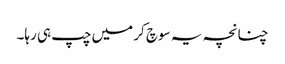
چنانچہ یہ سوچ کر میں چپ ہی رہا۔